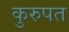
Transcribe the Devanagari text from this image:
कुरुपत